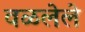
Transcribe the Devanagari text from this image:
वळलेले